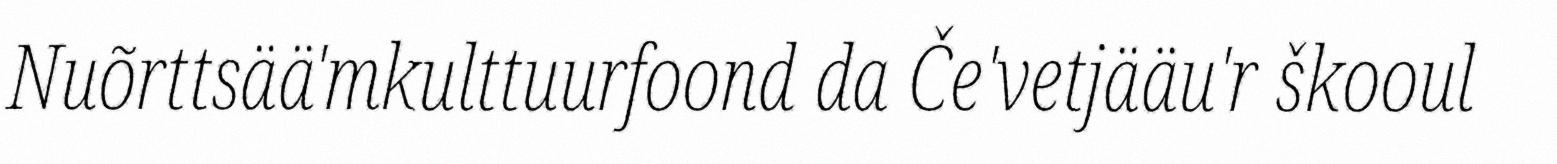
Nuõrttsää'mkulttuurfoond da Če'vetjääu'r škooul